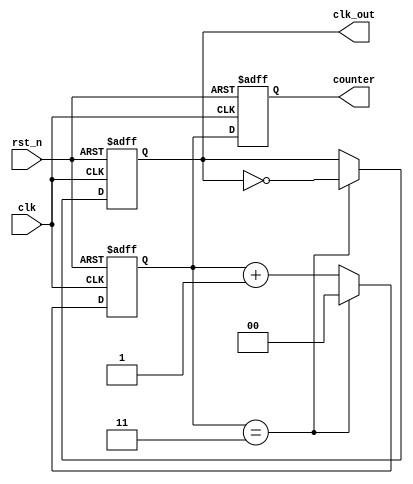
module frequency_divider #(
    parameter N = 4  // Division factor
)(
    input wire clk,        // Clock input
    input wire rst_n,      // Active-low reset
    output reg clk_out,    // Divided clock output
    output reg [$clog2(N)-1:0] counter // Current count value
);

    // Internal signal to track the count
    reg [$clog2(N)-1:0] count;

    // Always block for synchronous operations
    always @(posedge clk or negedge rst_n) begin
        if (!rst_n) begin
            // Reset condition
            count <= 0;
            clk_out <= 0;
        end else begin
            // Increment the counter
            if (count == N-1) begin
                count <= 0;           // Reset counter
                clk_out <= ~clk_out;  // Toggle output clock
            end else begin
                count <= count + 1;   // Increment counter
            end
        end
    end

    // Assign the current counter value to the output
    always @(posedge clk or negedge rst_n) begin
        if (!rst_n) begin
            counter <= 0; // Reset counter value
        end else begin
            counter <= count; // Update counter value
        end
    end

endmodule